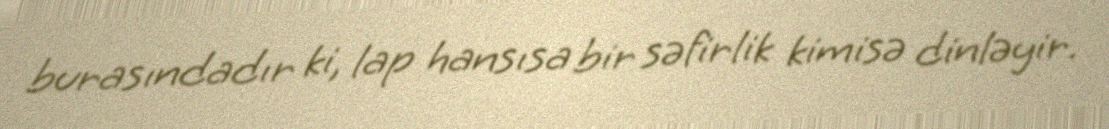
burasındadır ki, lap hansısa bir səfirlik kimisə dinləyir.